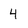
Character: 4